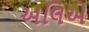
અલિએ